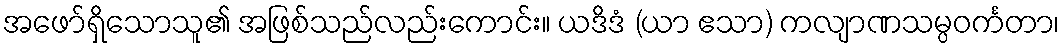
အဖော်ရှိသောသူ၏ အဖြစ်သည်လည်းကောင်း။ ယဒိဒံ (ယာ ဧသာ) ကလျာဏသမ္ပဝင်္ကတာ၊